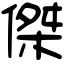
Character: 傑